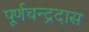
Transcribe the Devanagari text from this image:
पूर्णचन्द्रदास